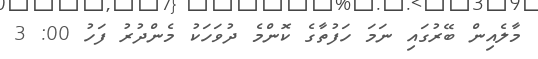
މާލެއިން ބޭރުގައި ނަމަ ހަފުތާގެ ކޮންމެ ދުވަހަކު މެންދުރު ފަހު 00: 3